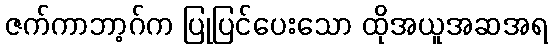
ဇက်ကာဘာ့ဂ်က ပြုပြင်ပေးသော ထိုအယူအဆအရ